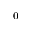
_ 0